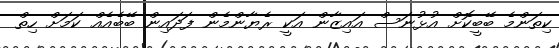
ކިތަންމެ ބޭބީކޮށް އުޅުނަސް އައިޒާން އަކީ ރެޔާންމެން ފަދައިން ބޭބެއެއް ކަމަށް ހިތް